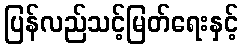
ပြန်လည်သင့်မြတ်ရေးနှင့်